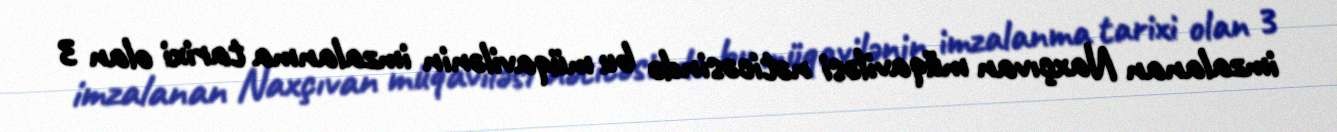
imzalanan Naxçıvan müqaviləsi nəticəsində bu müqavilənin imzalanma tarixi olan 3